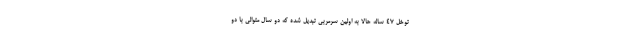
توخل 47 ساله حالا به اولین سرمربی تبدیل شده که دو سال متوالی با دو